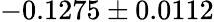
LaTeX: -0.1275\pm 0.0112